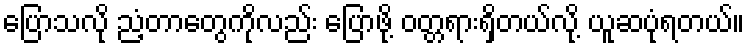
ပြောသလို ညံ့တာတွေကိုလည်း ပြောဖို့ ဝတ္တရားရှိတယ်လို့ ယူဆပုံရတယ်။